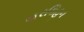
હરકિહન